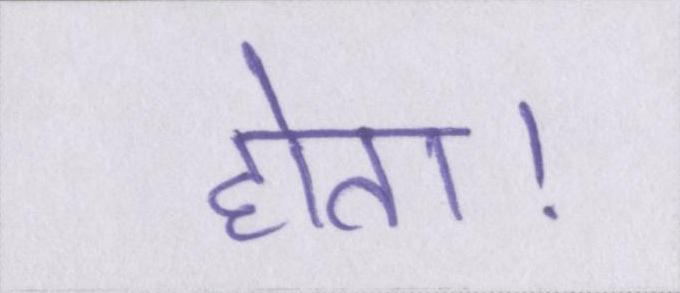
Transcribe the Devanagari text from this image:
होता।